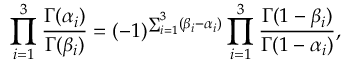
\prod _ { i = 1 } ^ { 3 } \frac { \Gamma ( \alpha _ { i } ) } { \Gamma ( \beta _ { i } ) } = ( - 1 ) ^ { \sum _ { i = 1 } ^ { 3 } ( \beta _ { i } - \alpha _ { i } ) } \prod _ { i = 1 } ^ { 3 } \frac { \Gamma ( 1 - \beta _ { i } ) } { \Gamma ( 1 - \alpha _ { i } ) } ,